Indian journal of veterinary science and animal husbandry - Volume 9,
Year: 1939
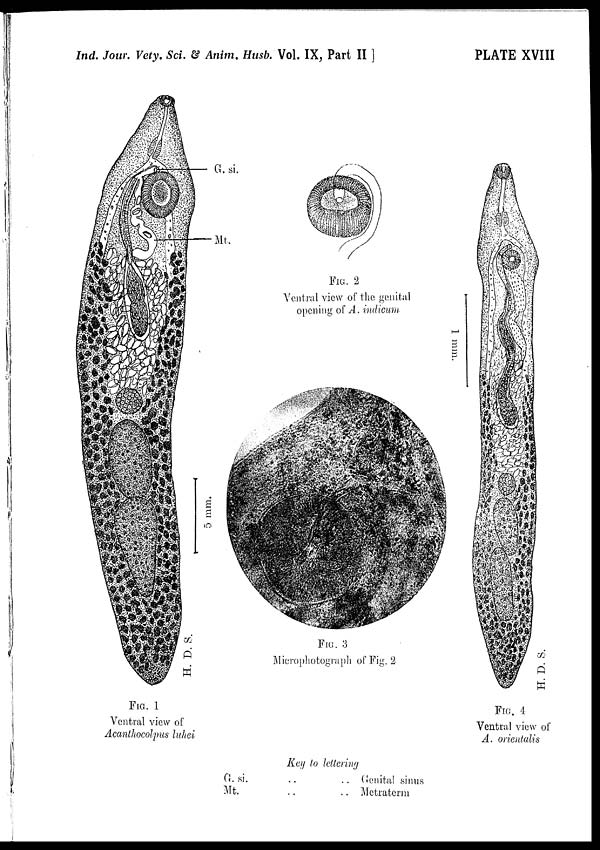
Ind. Jour. Vety. Sci. & Anim. Husb. Vol. IX, Part II ]
PLATE XVIII
FIG. 1
Ventral view of
Acanthocolpus luhei
FIG. 2
Ventral view of the genital
opening of A. indicum
FIG. 3
Microphotograph of Fig. 2
FIG. 4
Ventral view of
A. orientalis
Key to lettering
G. si.
Mt.
..
..
..
..
Genital sinus
Metraterm